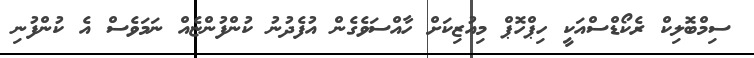
ސިމްބޮލިކް ރެކޯޑްސްއަކީ ހިޕްހޮޕް މިއުޒިކަށް ހާއްސަވެގެން އުފެދުނު ކުންފުންޏެއް ނަމަވެސް އެ ކުންފުނި